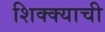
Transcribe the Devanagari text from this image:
शिक्क्याची